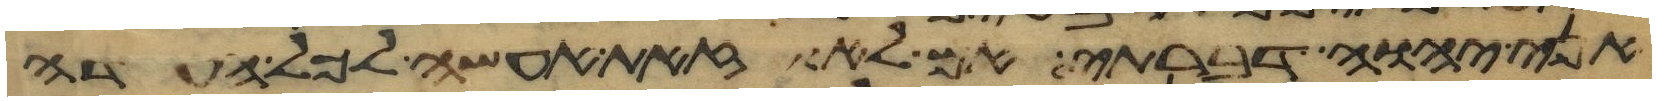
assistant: אני יהוה דברתי אם לא זאת אעשה לכל העדה